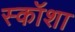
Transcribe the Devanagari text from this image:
स्कॉशा